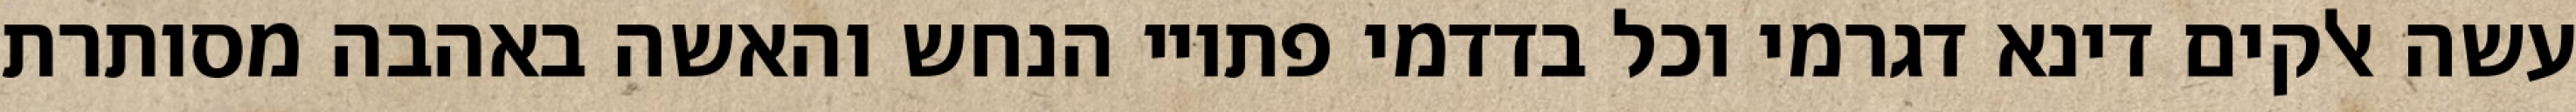
עשה אלקים דינא דגרמי וכל בדדמי פתויי הנחש והאשה באהבה מסותרת